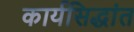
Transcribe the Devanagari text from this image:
कार्यसिद्धांत